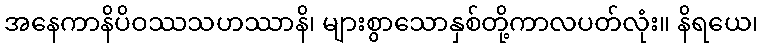
အနေကာနိပိဝဿသဟဿာနိ၊ များစွာသောနှစ်တို့ကာလပတ်လုံး။ နိရယေ၊